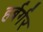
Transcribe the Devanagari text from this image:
हर्बर्गर